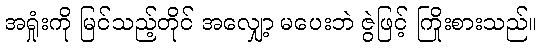
အရှုံးကို မြင်သည့်တိုင် အလျှော့ မပေးဘဲ ဇွဲဖြင့် ကြိုးစားသည်။